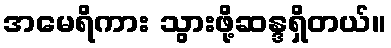
အမေရိကား သွားဖို့ဆန္ဒရှိတယ်။